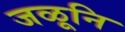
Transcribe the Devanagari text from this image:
जळूनि